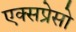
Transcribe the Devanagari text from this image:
एक्सप्रेसो